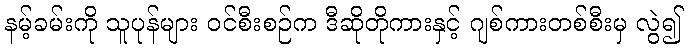
နမ့်ခမ်းကို သူပုန်များ ဝင်စီးစဉ်က ဒီဆိုတိုကားနှင့် ဂျစ်ကားတစ်စီးမှ လွဲ၍